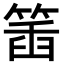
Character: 𥯥